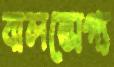
বালভোগ্য